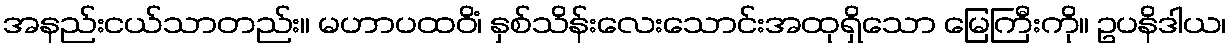
အနည်းငယ်သာတည်း။ မဟာပထဝိံ၊ နှစ်သိန်းလေးသောင်းအထုရှိသော မြေကြီးကို။ ဥပနိဒါယ၊